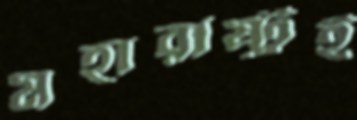
মহারাষ্ট্রই